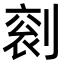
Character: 𠞬